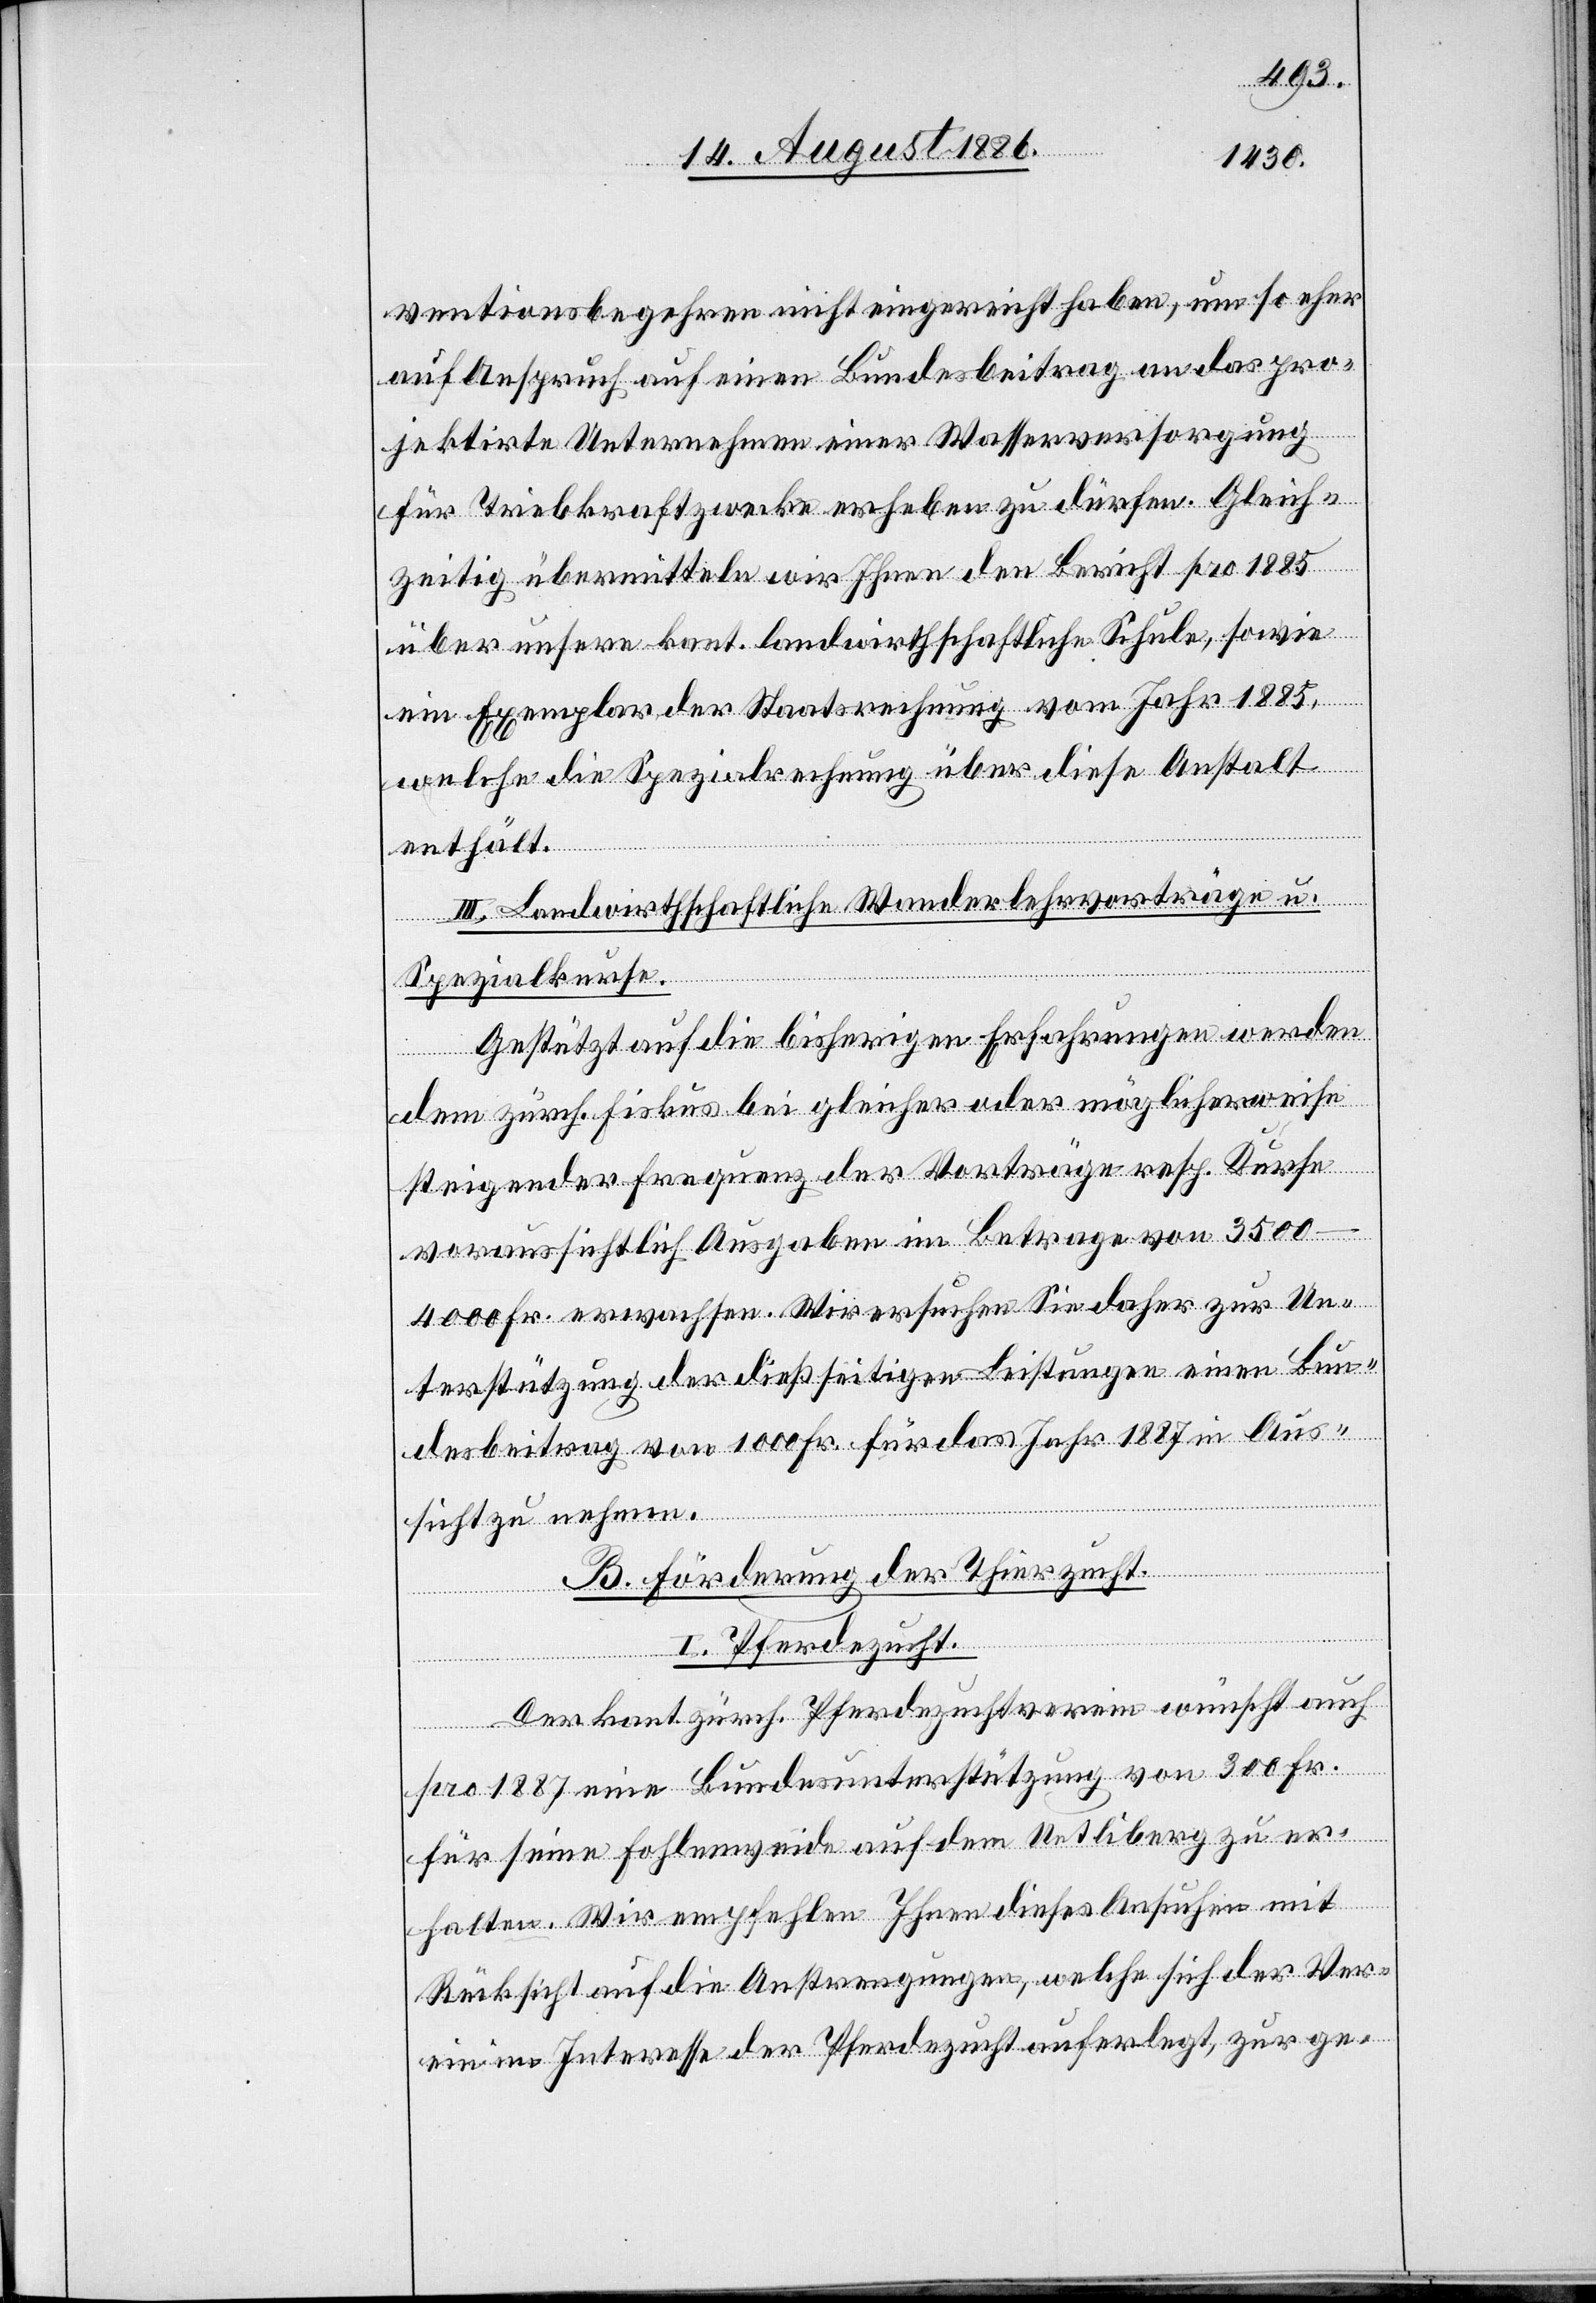
ventionsbegehren nicht eingereicht haben, um so eher
auf Anspruch auf einen Bundesbeitrag an das pro¬
jektirte Unternehmen einer Wasserversorgung
für Triebkraftzwecke erheben zu dürfen. Gleich¬
zeitig übermitteln wir Ihnen den Bericht pro 1885
über unsere kant. landwirthschaftliche Schule, sowie
ein Exemplar der Staatsrechnung vom Jahr 1885,
welche die Spezialrechnung über diese Anstalt
enthält.
III. Landwirthschaftliche Wanderlehrvorträge u.
Spezialkurse.
Gestützt auf die bisherigen Erfahrungen werden
dem zürch. Fiskus bei gleicher oder möglicherweise
steigender Frequenz der Vorträge resp. Kurse
voraussichtlich Ausgaben im Betrage von 3500–4000
Fr. erwachsen. Wir ersuchen Sie daher zur Un¬
terstützung der dießseitigen Leistungen einen Bun¬
desbeitrag von 1000 Fr. für das Jahr 1887 in Aus¬
sicht zu nehmen.
B. Förderung der Thierzucht.
I. Pferdezucht.
Der kant. zürch. Pferdezuchtverein wünscht auch
pro 1887 eine Bundesunterstützung von 300 Fr.
für seine Fohlenweide auf dem Uetliberg zu er¬
halten. Wir empfehlen Ihnen dieses Ansuchen mit
Rücksicht auf die Anstrengungen, welche sich der Ver¬
ein im Interesse der Pferdezucht auferlegt, zur ge-